Vaccination in the Punjab 1919-1929 - 1919-1929
Year: 1919
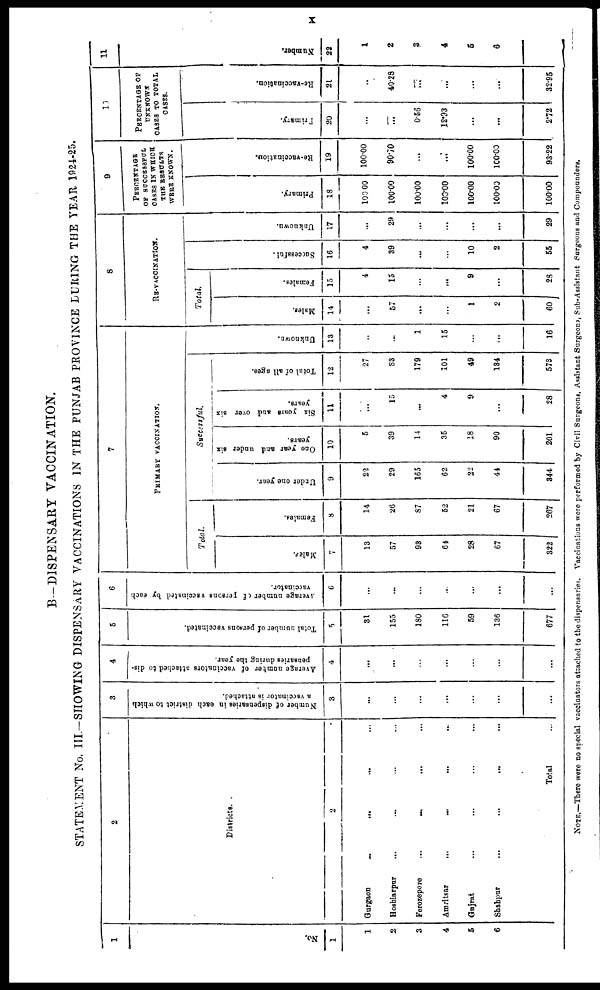
x
B—DISPENSARY VACCINATION.
STATEMENT No. III.—SHOWING DISPENSARY VACCINATIONS IN THE PUNJAB PROVINCE DURING THE YEAR 1924-25.
1
No.
1
1
2
3
4
5
6
2
Districts.
2
Gurgaon
...
... ... ...
Hoshiarpur
... ... ... ...
Ferozepore
...
... ... ...
Amritsar
... ... ... ...
Gujrat ... ... ... ...
Shahpur
...
...
...
...
Total ...
3
Number of dispensaries in each district to which
a vaccinator is attached.
3
...
...
...
...
...
...
...
4
Average number of vaccinators attached to dis-
pensaries during the year.
4
...
...
...
...
...
...
...
5
Total number of persons vaccinated.
5
31
155
180
116
59
136
677
6
Average number of persons vaccinated by each
vaccinator.
6
...
...
...
...
...
...
...
7
PRIMARY VACCINATION.
Total.
Males.
7
13
57
93
64
28
67
322
Females.
8
14
26
87
52
21
67
267
Successful.
Under one year.
9
22
29
165
62
22
44
344
One year and under six
years.
10
5
39
14
35
18
90
201
Six years and over six
years.
11
...
15
...
4
9
...
28
Total of all ages.
12
27
83
179
101
49
134
573
Unknown.
13
...
...
1
15
...
...
16
8
RE-VACCINATION.
Total.
Males.
14
...
57
...
...
1
2
60
Females.
15
4
15
...
...
9
...
28
Successful.
16
4
39
...
...
10
2
55
Unknown.
17
...
29
...
...
...
...
29
9
PERCENTAGE
OF SUCCESSFUL
CASES IN WHICH
THE RESULTS
WERE KNOWN.
Primary.
18
100.00
100.00
100.00
100.00
100.00
100.00
100.00
Re-vaccination.
19
100.00
90.70
...
...
100.00
100.00
93.22
10
PERCENTAGE OF
UNKNOWN
CASES TO TOTAL
CASES.
Primary.
20
...
...
0.56
12.93
...
...
2.72
Re-vaccination.
21
..
40.28
...
...
...
...
32.95
11
Number.
22
1
2
3
4
5
6
NOTE.—There were no special vaccinators attached to the dispensaries. Vaccinations were performed by Civil Surgeons, Assistant Surgeons, Sub-Assistant Surgeons and Compounders.